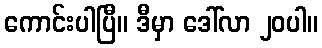
ကောင်းပါပြီ။ ဒီမှာ ဒေါ်လာ ၂၀ပါ။